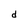
Character: d